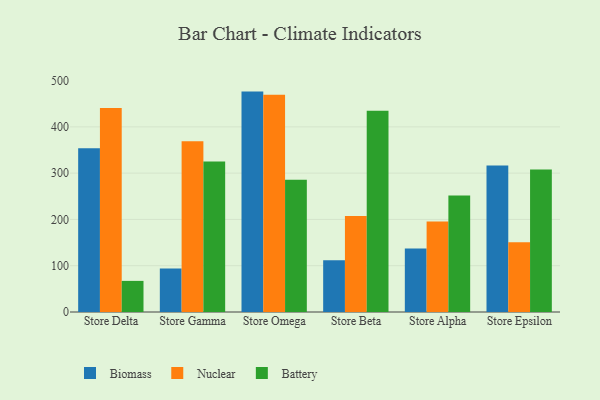
{"axis": {"x": "Store", "y": "Latency (ms)"}, "legend": ["Battery", "Biomass", "Nuclear"], "data": [{"x": "Store Delta", "y": 353.8, "type": "Biomass"}, {"x": "Store Delta", "y": 440.9, "type": "Nuclear"}, {"x": "Store Delta", "y": 67.2, "type": "Battery"}, {"x": "Store Gamma", "y": 93.8, "type": "Biomass"}, {"x": "Store Gamma", "y": 368.8, "type": "Nuclear"}, {"x": "Store Gamma", "y": 325.2, "type": "Battery"}, {"x": "Store Omega", "y": 476.1, "type": "Biomass"}, {"x": "Store Omega", "y": 469.1, "type": "Nuclear"}, {"x": "Store Omega", "y": 285.5, "type": "Battery"}, {"x": "Store Beta", "y": 111.6, "type": "Biomass"}, {"x": "Store Beta", "y": 207.2, "type": "Nuclear"}, {"x": "Store Beta", "y": 434.9, "type": "Battery"}, {"x": "Store Alpha", "y": 137.2, "type": "Biomass"}, {"x": "Store Alpha", "y": 195.5, "type": "Nuclear"}, {"x": "Store Alpha", "y": 251.5, "type": "Battery"}, {"x": "Store Epsilon", "y": 316.2, "type": "Biomass"}, {"x": "Store Epsilon", "y": 150.8, "type": "Nuclear"}, {"x": "Store Epsilon", "y": 307.9, "type": "Battery"}]}